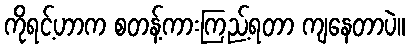
ကိုရင့်ဟာက စတန့်ကားကြည့်ရတာ ကျနေတာပဲ။